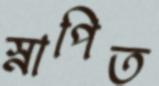
স্নাপিত